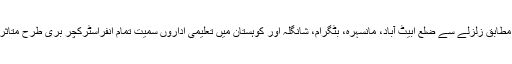
ڈائریکٹر پیرا محمد شفیق چشتی کے مطابق زلزلے سے ضلع ابیٹ آباد، مانسہرہ، بٹگرام، شانگلہ اور کوہستان میں تعلیمی اداروں سمیت تمام انفراسٹرکچر بری طرح متاثر ہوئے جن کی کل تعداد 7042 تھی۔